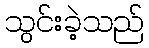
သွင်းခဲ့သည်